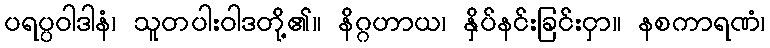
ပရပ္ပဝါဒါနံ၊ သူတပါးဝါဒတို့၏။ နိဂ္ဂဟာယ၊ နှိပ်နင်းခြင်းငှာ။ နစကာရဏံ၊